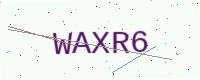
Text: WAXR6